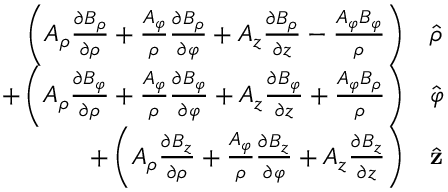
\begin{array} { r l } { \left( A _ { \rho } { \frac { \partial B _ { \rho } } { \partial \rho } } + { \frac { A _ { \varphi } } { \rho } } { \frac { \partial B _ { \rho } } { \partial \varphi } } + A _ { z } { \frac { \partial B _ { \rho } } { \partial z } } - { \frac { A _ { \varphi } B _ { \varphi } } { \rho } } \right) } & { { } { \hat { \boldsymbol { \rho } } } } \\ { + \left( A _ { \rho } { \frac { \partial B _ { \varphi } } { \partial \rho } } + { \frac { A _ { \varphi } } { \rho } } { \frac { \partial B _ { \varphi } } { \partial \varphi } } + A _ { z } { \frac { \partial B _ { \varphi } } { \partial z } } + { \frac { A _ { \varphi } B _ { \rho } } { \rho } } \right) } & { { } { \hat { \boldsymbol { \varphi } } } } \\ { + \left( A _ { \rho } { \frac { \partial B _ { z } } { \partial \rho } } + { \frac { A _ { \varphi } } { \rho } } { \frac { \partial B _ { z } } { \partial \varphi } } + A _ { z } { \frac { \partial B _ { z } } { \partial z } } \right) } & { { } { \hat { \mathbf { z } } } } \end{array}